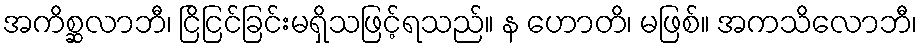
အကိစ္ဆလာဘီ၊ ငြိငြင်ခြင်းမရှိသဖြင့်ရသည်။ န ဟောတိ၊ မဖြစ်။ အကသိလောဘီ၊